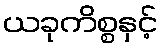
ယခုကိစ္စနှင့်